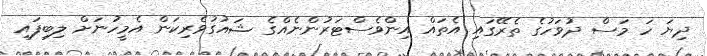
ދިޔަ ހަ މަސް ދުވަހުގެ ތެރޭގައި އެތައް އިންވެސްޓަރުންނެއްގެ ޝައުގުވެރިކަން އެމީހުނަށް ލިބިފައި